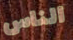
الناس